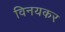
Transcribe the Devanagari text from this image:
विनयकर